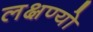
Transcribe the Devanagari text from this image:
लक्षण्यो